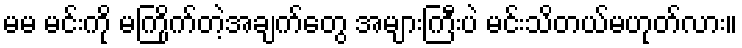
မမ မင်းကို မကြိုက်တဲ့အချက်တွေ အများကြီးပဲ မင်းသိတယ်မဟုတ်လား။